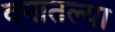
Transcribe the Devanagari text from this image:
वनातल्या